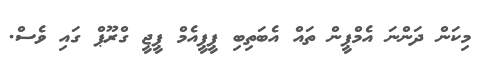
މިކަން ދަންނަ އެމްޕީން ތައް އެބަތިބި ޕީޕީއެމް ޕީޖީ ގްރޫޕް ގައި ވެސް.